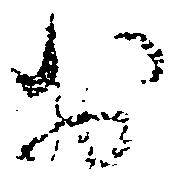
於